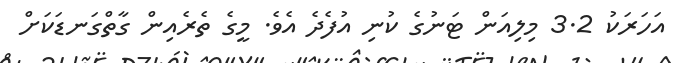
އަހަރަކު 3.2 މިލިއަން ޓަނުގެ ކުނި އުފެދެ އެވެ. މީގެ ތެރެއިން ގާތްގަނޑަކަށް